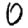
Digit: 0